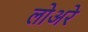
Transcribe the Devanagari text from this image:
लोअरे